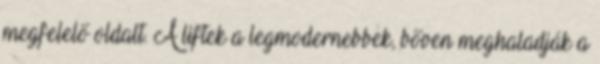
megfelelő oldalt. A liftek a legmodernebbek, bőven meghaladják a